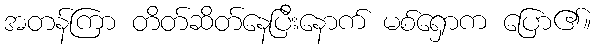
အတန်ကြာ တိတ်ဆိတ်နေပြီးနောက် မစ်ရှောက ပြော၏။